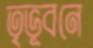
তৃভূবনে